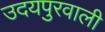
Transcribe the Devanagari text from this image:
उदयपुरवाली